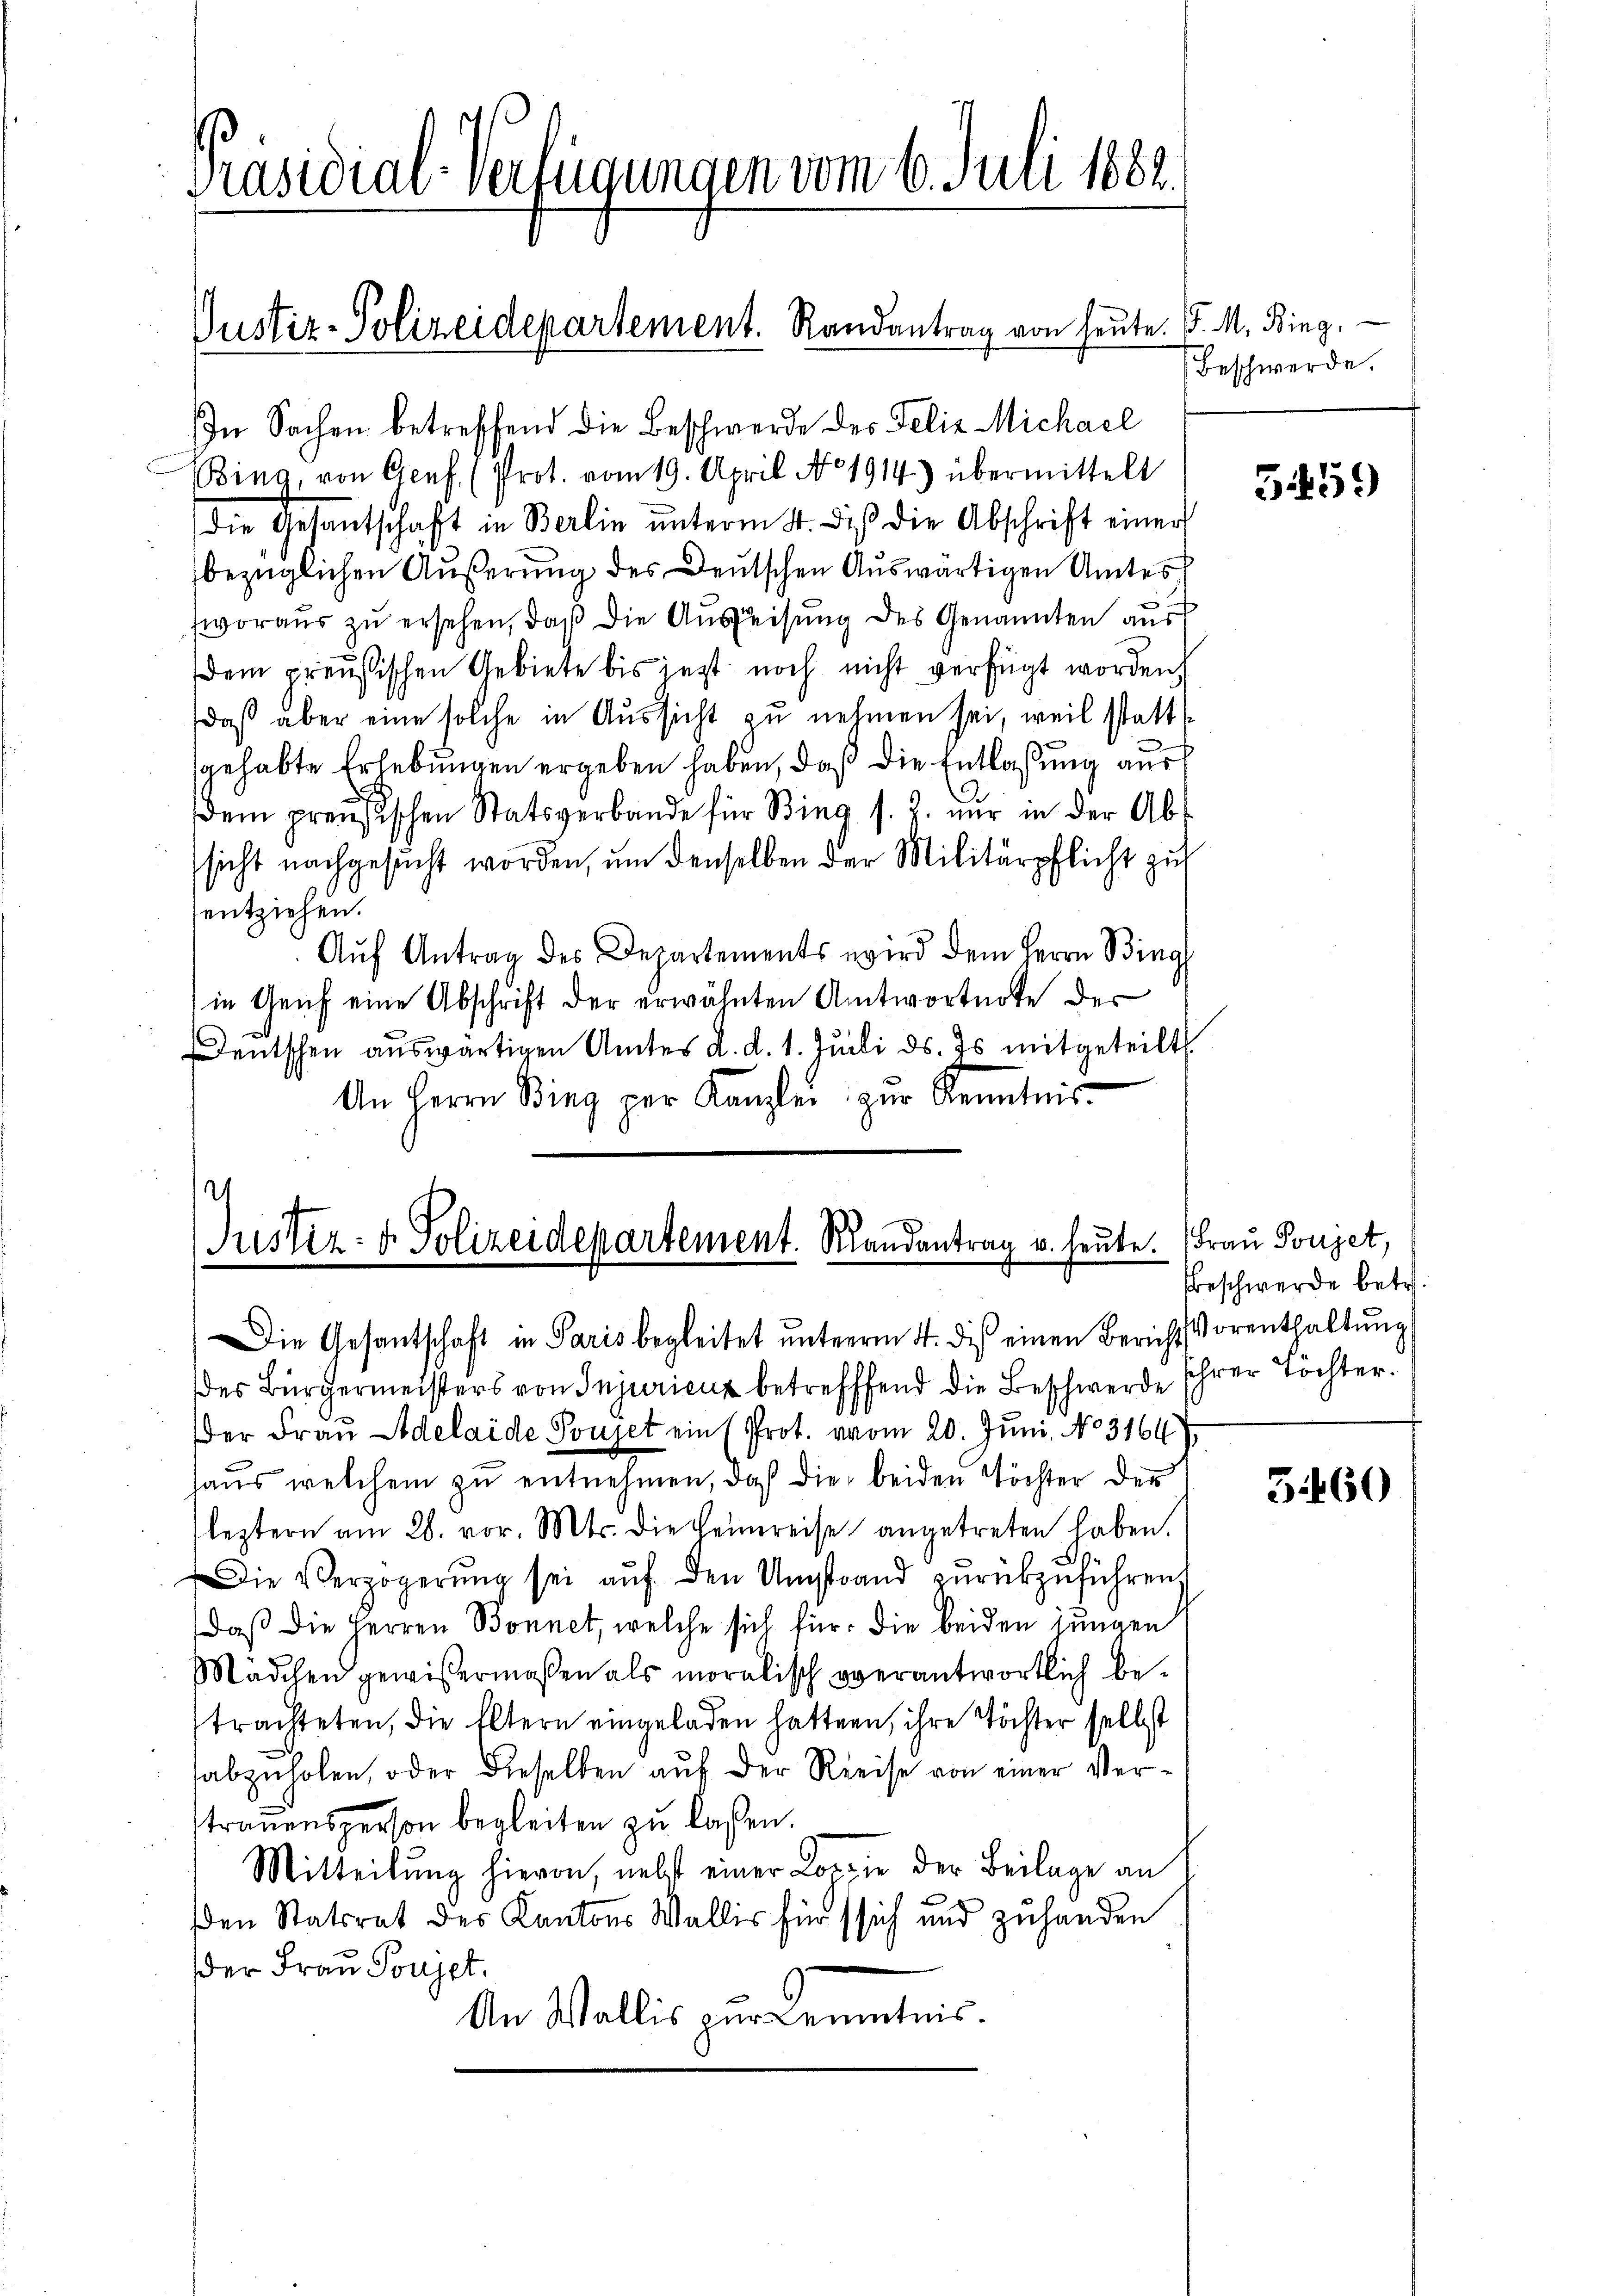
Präsidial-Verfügungen vom 6. Juli 1882.

In Sachen betreffend die Beschwerde des Felix Michael
Bing, von Genf. (Prot. vom 19. April No 1914) übermittelt
die Gesantschaft in Berlin ŭnterm 4. diβ die Abschrift einer
bezüglichen Äußerung des Deutschen Auswärtigen Amtes
wvoraus zu ersehen, daß die Ausweisung des Genannten aus
dem preußischen Gebiete bis jetzt noch nicht verfügt worden.
daß aber eine solche in Aussicht zu nehmen sei, weil statt
gehabte Erlebungen ergeben haben, daß die Entlassung aus
dem preußischen Statsverbande für Bing s. Z. nŭr in der Abt
sicht nachgesucht worden, um denselben der Militärpflicht zu
entziehen.
Aŭf Antrag des Departements wird dem Herrn Bing
in Genf eine Abschrift der erwähnten Antwortnote der
Deutschen auswärtigen Amtes d. d. 1. Juli ds. Es mitgeteilt.
An Herrn Bing per Kanzlei zur Kenntnis-

Justiz-Polizeidepartement. Randantrag von heute. P. M. Bing,

e
Justiz- & Polizeidepartement. Randantrag u. heute. Frau Poujet,
Die Gesantschaft in Paris begleitet unterm 4. dis einen Bericht Vorenthaltung

des Bürgermeisters von Injurienz betreffend die Beschwerde ihrer Töchter.
der Frau Adelaide Poujet ein (Prot. vom 20. Juni. No. 3164)
haus welchem zu entnehmen, daß die beiden Töchter der
leztern am 28. vor. Mts. die Heimreise angetreten haben.
Die Verzögerŭng sei aŭf den Umstand zŭrückzŭführen,
daß die Herren Bonnet, welche sich für die beiden jungen
Mädchen gewißermaßen als moralisch verantwortlich betrachteten, die Eltern eingeladen hatten, ihre Töchter selbst
abzuholen, oder dieselben auf der Reise von einer Vertrauensperson begleiten zu lassen.
Mitteilung hievon, nebst einer Lorie der Beilage an
en Statsrat des Kantons Wallis für sich und zuhanden
der Frau Poujet.
An Wallis zur Kenntnis.

Beschwerde.

5459

Beschwerde betr.

5460